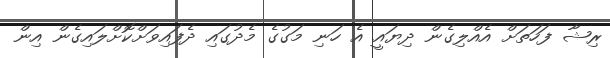
ރިޝާ ފަހަތަށް އެއްލިގެން ދިޔައީ އެ ހަނި މަގުގެ މެދުގައި ދެފައިވަށްކޮށްލައިގެން އިން